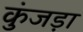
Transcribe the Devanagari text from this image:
कुंजड़ा